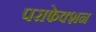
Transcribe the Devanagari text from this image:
पराफेक्शन